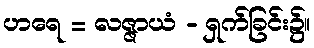
ဟရေ = လဇ္ဇာယံ - ရှက်ခြင်း၌။